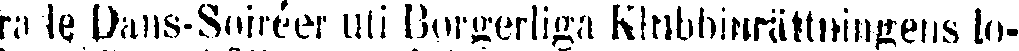
rade Dans-Soiréer uti Borgerliga Klubbinrättningens lo-